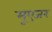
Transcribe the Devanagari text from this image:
मूएजर